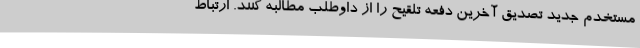
مستخدم جدید تصدیق آخرین دفعه تلقیح را از داوطلب مطالبه کنند. ارتباط